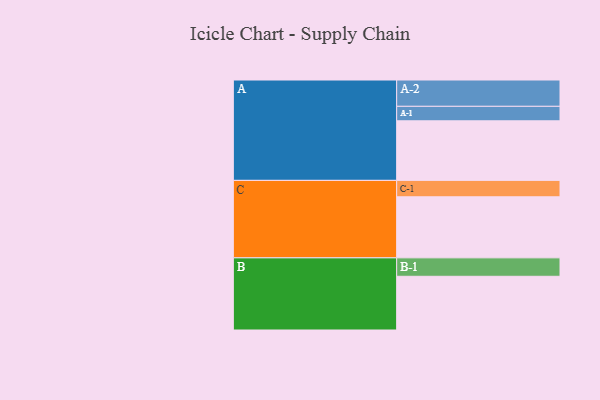
{"axis": {"x": "Segment", "y": "Value"}, "legend": ["", "A", "B", "C"], "data": [{"x": "A", "y": 559, "type": ""}, {"x": "B", "y": 504, "type": ""}, {"x": "C", "y": 573, "type": ""}, {"x": "A-1", "y": 136, "type": "A"}, {"x": "A-2", "y": 247, "type": "A"}, {"x": "B-1", "y": 173, "type": "B"}, {"x": "C-1", "y": 154, "type": "C"}]}